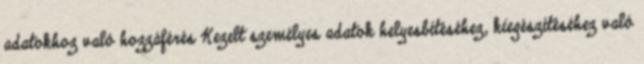
adatokhoz való hozzáférés Kezelt személyes adatok helyesbítéséhez, kiegészítéséhez való